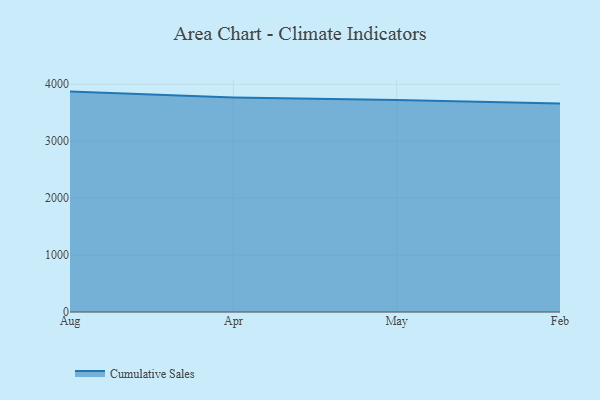
{"axis": {"x": "Month", "y": "Tickets Resolved"}, "legend": ["Cumulative Sales"], "data": [{"x": "Aug", "y": 3871.3, "type": "Cumulative Sales"}, {"x": "Apr", "y": 3769.4, "type": "Cumulative Sales"}, {"x": "May", "y": 3722.9, "type": "Cumulative Sales"}, {"x": "Feb", "y": 3662.3, "type": "Cumulative Sales"}]}